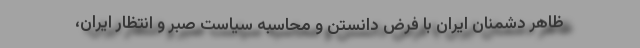
ظاهر دشمنان ایران با فرض دانستن و محاسبه سیاست صبر و انتظار ایران،